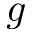
g